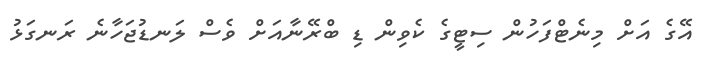
އޭގެ އަށް މިނެޓްފަހުން ސިޓީގެ ކެވިން ޑި ބްރޭނާއަށް ވެސް ލަނޑުޖަހާނެ ރަނގަޅު